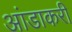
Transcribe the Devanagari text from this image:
आंडाकरी